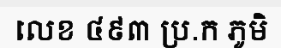
លេខ ៤៩៣ ប្រ.ក ភូមិ